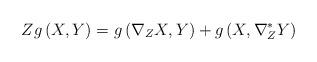
LaTeX: \begin{align*}Zg\left( X,Y\right) =g\left( \nabla _{Z}X,Y\right) +g\left( X,\nabla_{Z}^{\ast }Y\right) \end{align*}